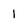
Character: 1